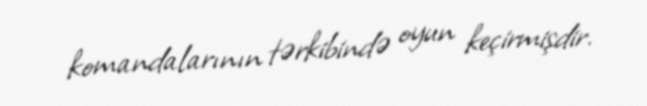
komandalarının tərkibində oyun keçirmişdir.